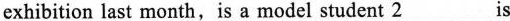
exhibition last month,is a model student \underline{2} is